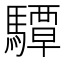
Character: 驔